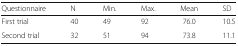
| Questionnaire | N | Min. | Max. | Mean | SD |
 | --- | --- | --- | --- | --- | --- |
 | First trial | 40 | 49 | 92 | 76.0 | 10.5 |
 | Second trial | 32 | 51 | 94 | 73.8 | 11.1 |